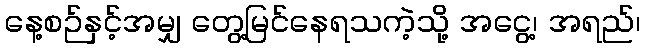
နေ့စဉ်နှင့်အမျှ တွေ့မြင်နေရသကဲ့သို့ အငွေ့၊ အရည်၊